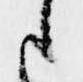
候